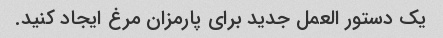
یک دستور العمل جدید برای پارمزان مرغ ایجاد کنید.